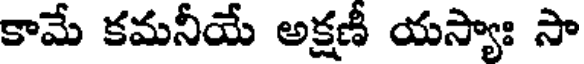
కామే కమనీయే అక్షణీ యస్యాః సా